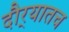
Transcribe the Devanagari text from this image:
दौर्‍यातच